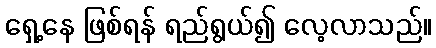
ရှေ့နေ ဖြစ်ရန် ရည်ရွယ်၍ လေ့လာသည်။